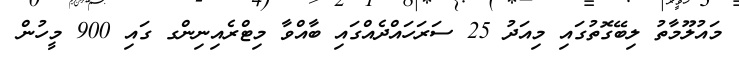
މައުލޫމާތު ލިބޭގޮތުގައި މިއަދު 25 ސަރަހައްދެއްގައި ބާއްވާ މިޓްރެއިނިންގ ގައި 900 މީހުން